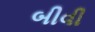
બીવી